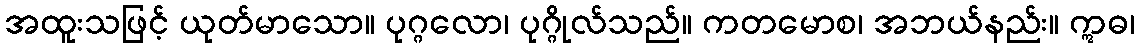
အထူးသဖြင့် ယုတ်မာသော။ ပုဂ္ဂလော၊ ပုဂ္ဂိုလ်သည်။ ကတမောစ၊ အဘယ်နည်း။ ဣဓ၊